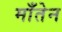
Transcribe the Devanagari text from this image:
माँतेन